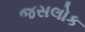
જસલોક